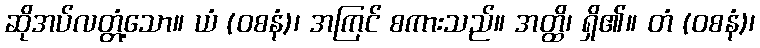
ဆိုအပ်လတ္တံ့သော။ ယံ (ဝစနံ)၊ အကြင် စကားသည်။ အတ္ထိ၊ ရှိ၏။ တံ (ဝစနံ)၊